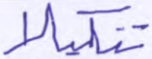
تنكيلا